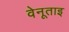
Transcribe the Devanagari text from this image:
वेनूताइ